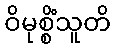
ဝိမုစ္စိံသူတိ